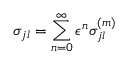
\sigma _ { j l } = \sum _ { n = 0 } ^ { \infty } \epsilon ^ { n } \sigma _ { j l } ^ { ( m ) }